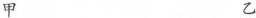
甲 乙